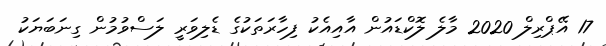
17 އޭޕްރިލް 2020 މާލެ ލޮކްޑައުން އާއިއެކު ފިހާރަތަކުގެ ޑެލިވަރީ ލަސްވުމުން ގިނަބަޔަކު